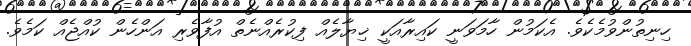
ހިނިތުންވުމެކެވެ. އެކަމުން ހާމަވަނީ ކައިރާއަކީ ޚިޔާލެއް ފިކުރެއްނެތް އުފާވެރި އަންހެން ކުއްޖެއް ކަމެވެ.